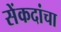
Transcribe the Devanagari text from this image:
सेंकदांचा